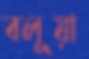
বলূয়া